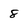
Character: 8